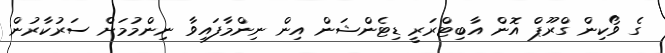
ގެ ވޯކިން ގްރޫޕް އޮން އާބިޓްރަރީ ޑިޓެންޝަން އިން ނިންމާފައިވާ ނިންމުމަށް ސަރުކާރުން